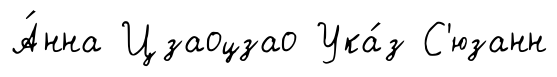
А́нна Цзаоцзао Ука́з С'юзанн